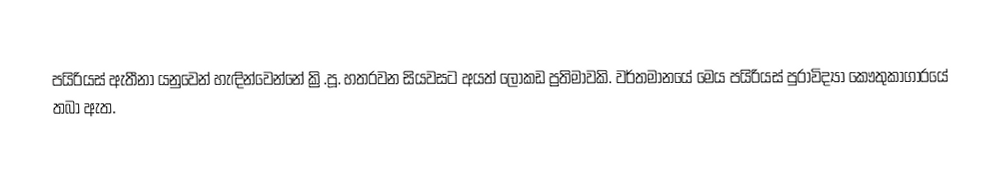
පයිරියස් ඇතීනා යනුවෙන් හැඳින්වෙන්නේ ක්‍රි.පූ. හතරවන සියවසට අයත් ලෝකඩ ප්‍රතිමාවකි. වර්තමානයේ මෙය පයිරියස් පුරාවිද්‍යා කෞතුකාගාරයේ තබා ඇත.